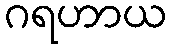
ဂရဟာယ